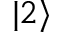
| 2 \rangle